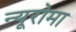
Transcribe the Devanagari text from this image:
न्यूरोमा